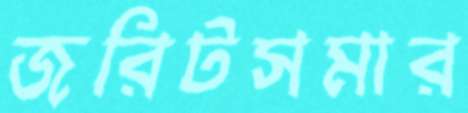
জরিটসমার